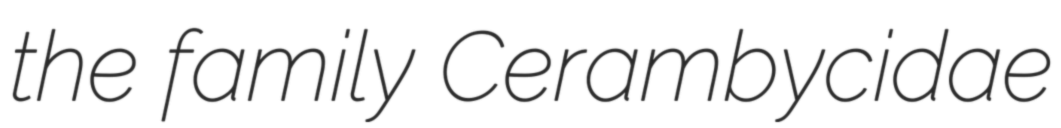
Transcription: the family Cerambycidae